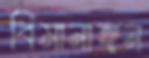
বিমানাঙ্গন